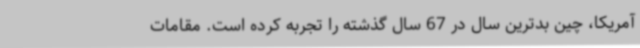
آمریکا، چین بدترین سال در 67 سال گذشته را تجربه کرده است. مقامات